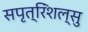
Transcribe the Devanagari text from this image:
सपृत्रिंशल्सु